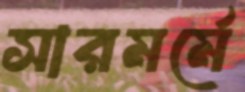
সারমর্মে